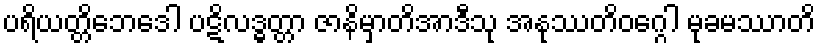
ပရိယတ္တိဘေဒေါ ပဋိလဒ္ဓတ္တာ ဇာနိမှာတိအာဒီသု အနုဿတိဝဂ္ဂေါ မုခမဿာတိ